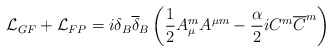
\begin{align*}{\mathcal L}_{GF} + {\mathcal L}_{FP} = i \delta _B {\overline{ \delta}}_B \left(\frac{1}{2} A_{\mu} ^m A^{\mu m} - \frac{\alpha}{2} i C^m {\overline{ C}}^m \right)\end{align*}